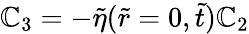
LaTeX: \mathbb{C}_{3}=-\tilde{{\eta}}(\tilde{{r}}=0,\tilde{{t}})\mathbb{C}_{2}